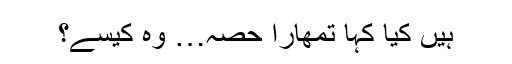
ہیں کیا کہا تمھارا حصہ… وہ کیسے؟